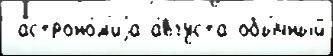
 астроно́м'иjа а́вгуста обы́чный